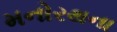
મનોરથના